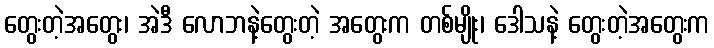
တွေးတဲ့အတွေး၊ အဲဒီ လောဘနဲ့တွေးတဲ့ အတွေးက တစ်မျိုး၊ ဒေါသနဲ့ တွေးတဲ့အတွေးက